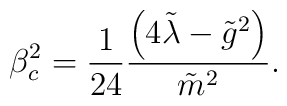
\beta_{c}^{2}=\frac{1}{24}\frac{\left( 4\tilde{\lambda}-{\tilde{g}}^{2}\right)}{\tilde{m}^{2}}.